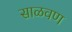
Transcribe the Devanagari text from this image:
साळवण